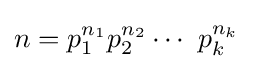
n=p_{1}^{n_{1}}p_{2}^{n_{2}}\cdots \ p_{k}^{n_{k}}